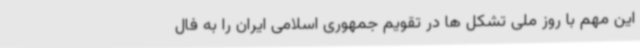
این مهم با روز ملی تشکل ها در تقویم جمهوری اسلامی ایران را به فال